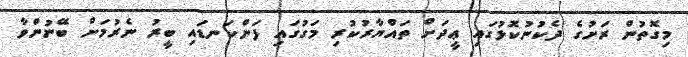
މިގޮތުން ރަށުގެ ދެކުނުކޮޅުގައި ޢީދަށް ތައްޔާރުކުރި މަގުގައި ފަންކަނޑައި ބީރު ނެރުމަށް ބޭނުންވާ